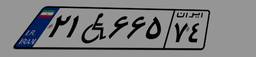
۲۱W۶۶۵۷۴